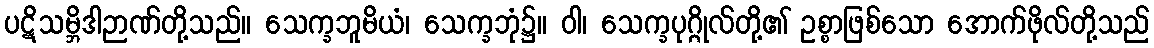
ပဋိသမ္ဘိဒါဉာဏ်တို့သည်။ သေက္ခဘူမိယံ၊ သေက္ခဘုံ၌။ ဝါ၊ သေက္ခပုဂ္ဂိုလ်တို့၏ ဥစ္စာဖြစ်သော အောက်ဖိုလ်တို့သည်